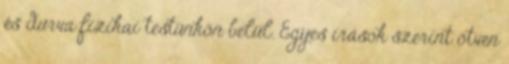
és durva fizikai testünkön belül. Egyes írások szerint ötven